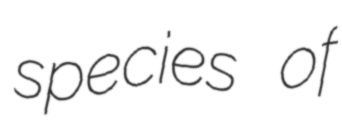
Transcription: species of